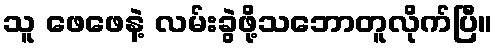
သူ ဖေဖေနဲ့ လမ်းခွဲဖို့သဘောတူလိုက်ပြီ။